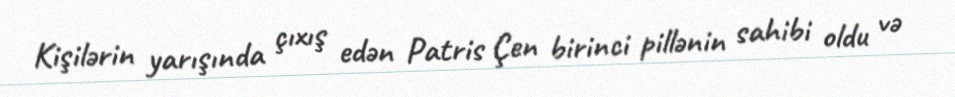
Kişilərin yarışında çıxış edən Patris Çen birinci pillənin sahibi oldu və